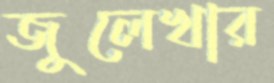
জুলেখার